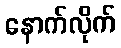
နောက်လိုက်